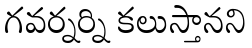
గవర్నర్ని కలుస్తానని